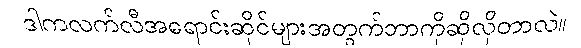
ဒါကလက်လီအရောင်းဆိုင်များအတွက်ဘာကိုဆိုလိုတာလဲ။